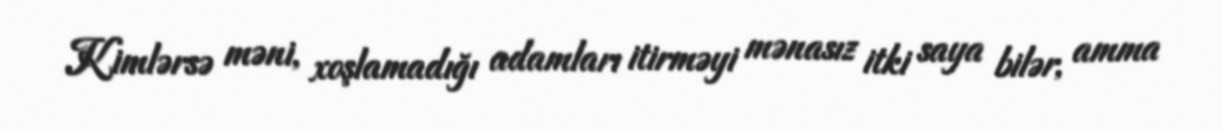
Kimlərsə məni, xoşlamadığı adamları itirməyi mənasız itki saya bilər, amma